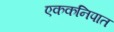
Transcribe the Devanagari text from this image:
एककनिपात